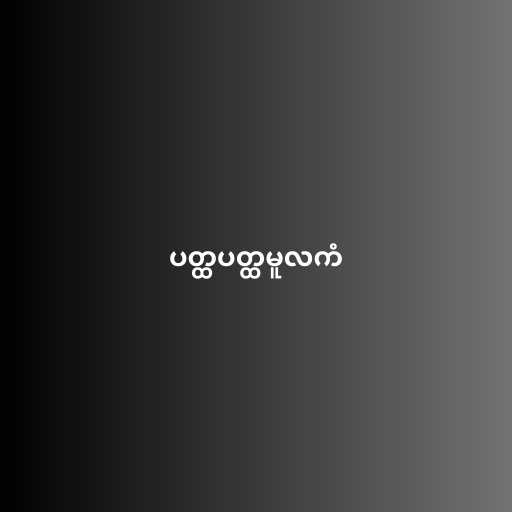
ပတ္ထပတ္ထမူလကံ